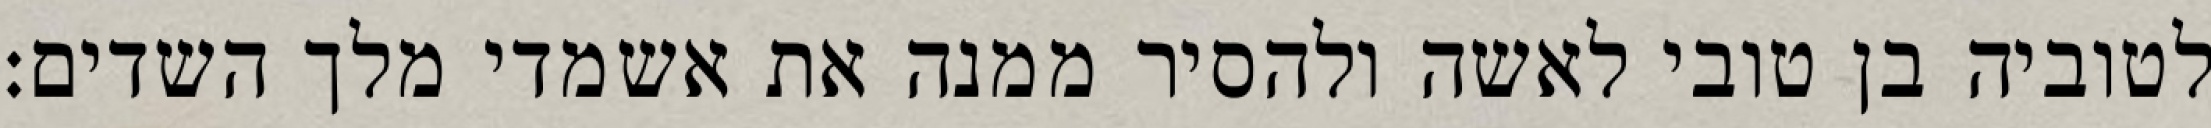
לטוביה בן טובי לאשה ולהסיר ממנה את אשמדי מלך השדים: